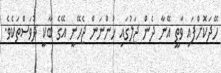
ހޭދަކޮށްފައި ވާތީ އޭނާ ދެން ޖަލުގައި ހުންނަން ޖެހޭނީ އޭގެ ބާކީ ދުވަސްތަކެވެ.